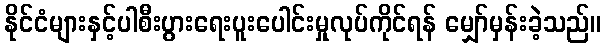
နိုင်ငံများနှင့်ပါစီးပွားရေးပူးပေါင်းမှုလုပ်ကိုင်ရန် မျှော်မှန်းခဲ့သည်။